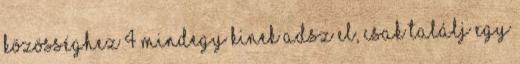
Közösséghez 4 Mindegy kinek adsz el, csak találj egy